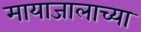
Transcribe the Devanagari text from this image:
मायाजालाच्या